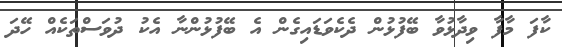
ކާފަ މާފާ ވިދާޅުވާ ބޭފުޅުން ދެކެވަޑައިގެން އެ ބޭފުޅުންނާ އެކު ދުވަސްތަކެއް ހޭދަ